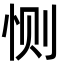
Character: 恻